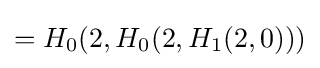
=H_{0}(2,H_{0}(2,H_{1}(2,0)))